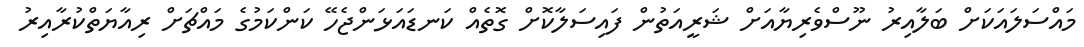
މައްސަލައަކަށް ބަލާއިރު ނޫސްވެރިޔާއަށް ޝަރީއަތުން ފައިސަލާކޮށް ގޮތެއް ކަނޑައަޅަންޖެހޭ ކަންކަމުގެ މައްޗަށް ރިއާޔަތްކުރާއިރު